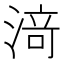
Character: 𰜟